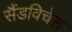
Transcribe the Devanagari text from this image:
सैंडविचेस